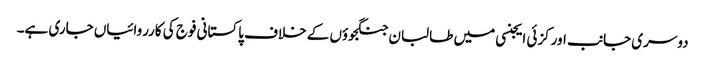
دوسری جانب اورکزئی ایجنسی میں طالبان جنگجوؤں کے خلاف پاکستانی فوج کی کارروائیاں جاری ہے۔